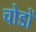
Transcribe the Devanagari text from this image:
चोडों